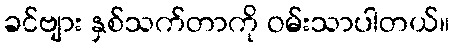
ခင်ဗျား နှစ်သက်တာကို ဝမ်းသာပါတယ်။